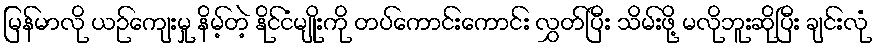
မြန်မာလို ယဉ်ကျေးမှု နိမ့်တဲ့ နိုင်ငံမျိုးကို တပ်ကောင်းကောင်း လွှတ်ပြီး သိမ်းဖို့ မလိုဘူးဆိုပြီး ချင်းလုံ